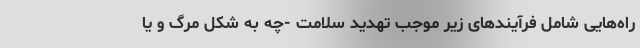
راه‌هایی شامل فرآیند‌های زیر موجب تهدید سلامت -چه به شکل مرگ و یا